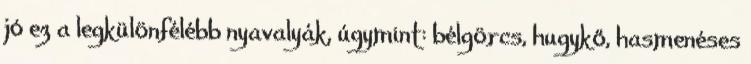
jó ez a legkülönfélébb nyavalyák, úgymint: bélgörcs, hugykő, hasmenéses